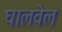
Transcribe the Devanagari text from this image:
घालवेल